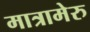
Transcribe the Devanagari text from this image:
मात्रामेरु